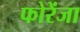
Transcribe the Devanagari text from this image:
फोरेंजा